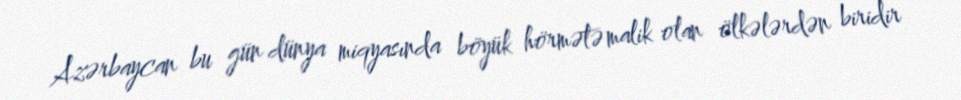
Azərbaycan bu gün dünya miqyasında böyük hörmətə malik olan ölkələrdən biridir